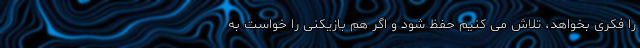
را فکری بخواهد، تلاش می کنیم حفظ شود و اگر هم بازیکنی را خواست به